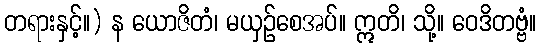
တရားနှင့်။) န ယောဇိတံ၊ မယှဉ်စေအပ်။ ဣတိ၊ သို့။ ဝေဒိတဗ္ဗံ။